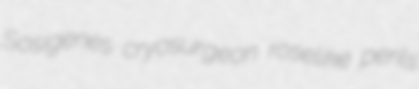
Sosigenes cryosurgeon roselike perils